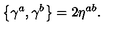
\left\{ \gamma ^ { a } , \gamma ^ { b } \right\} = 2 \eta ^ { a b } .